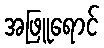
အဖြူရောင်